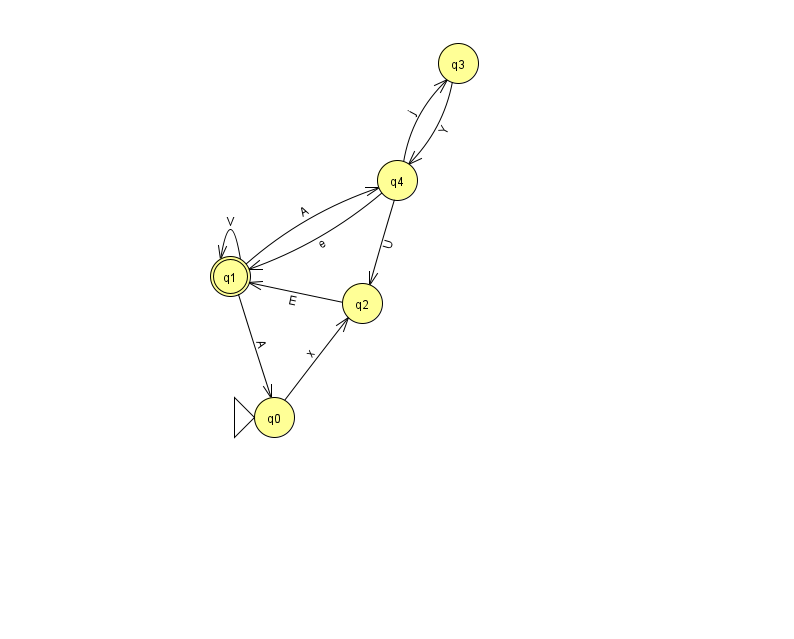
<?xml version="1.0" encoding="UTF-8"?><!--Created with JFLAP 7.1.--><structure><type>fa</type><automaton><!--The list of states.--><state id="0" name="q0"><x>274.0</x><y>404.0</y><initial/></state><state id="1" name="q1"><x>230.0</x><y>263.0</y><final/></state><state id="2" name="q2"><x>362.0</x><y>290.0</y></state><state id="3" name="q3"><x>458.0</x><y>50.0</y></state><state id="4" name="q4"><x>397.0</x><y>167.0</y></state><!--The list of transitions.--><transition><from>1</from><to>0</to><read>A</read></transition><transition><from>4</from><to>1</to><read>e</read></transition><transition><from>2</from><to>1</to><read>E</read></transition><transition><from>4</from><to>2</to><read>U</read></transition><transition><from>1</from><to>1</to><read>V</read></transition><transition><from>1</from><to>4</to><read>A</read></transition><transition><from>3</from><to>4</to><read>Y</read></transition><transition><from>4</from><to>3</to><read>j</read></transition><transition><from>0</from><to>2</to><read>x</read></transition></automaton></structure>